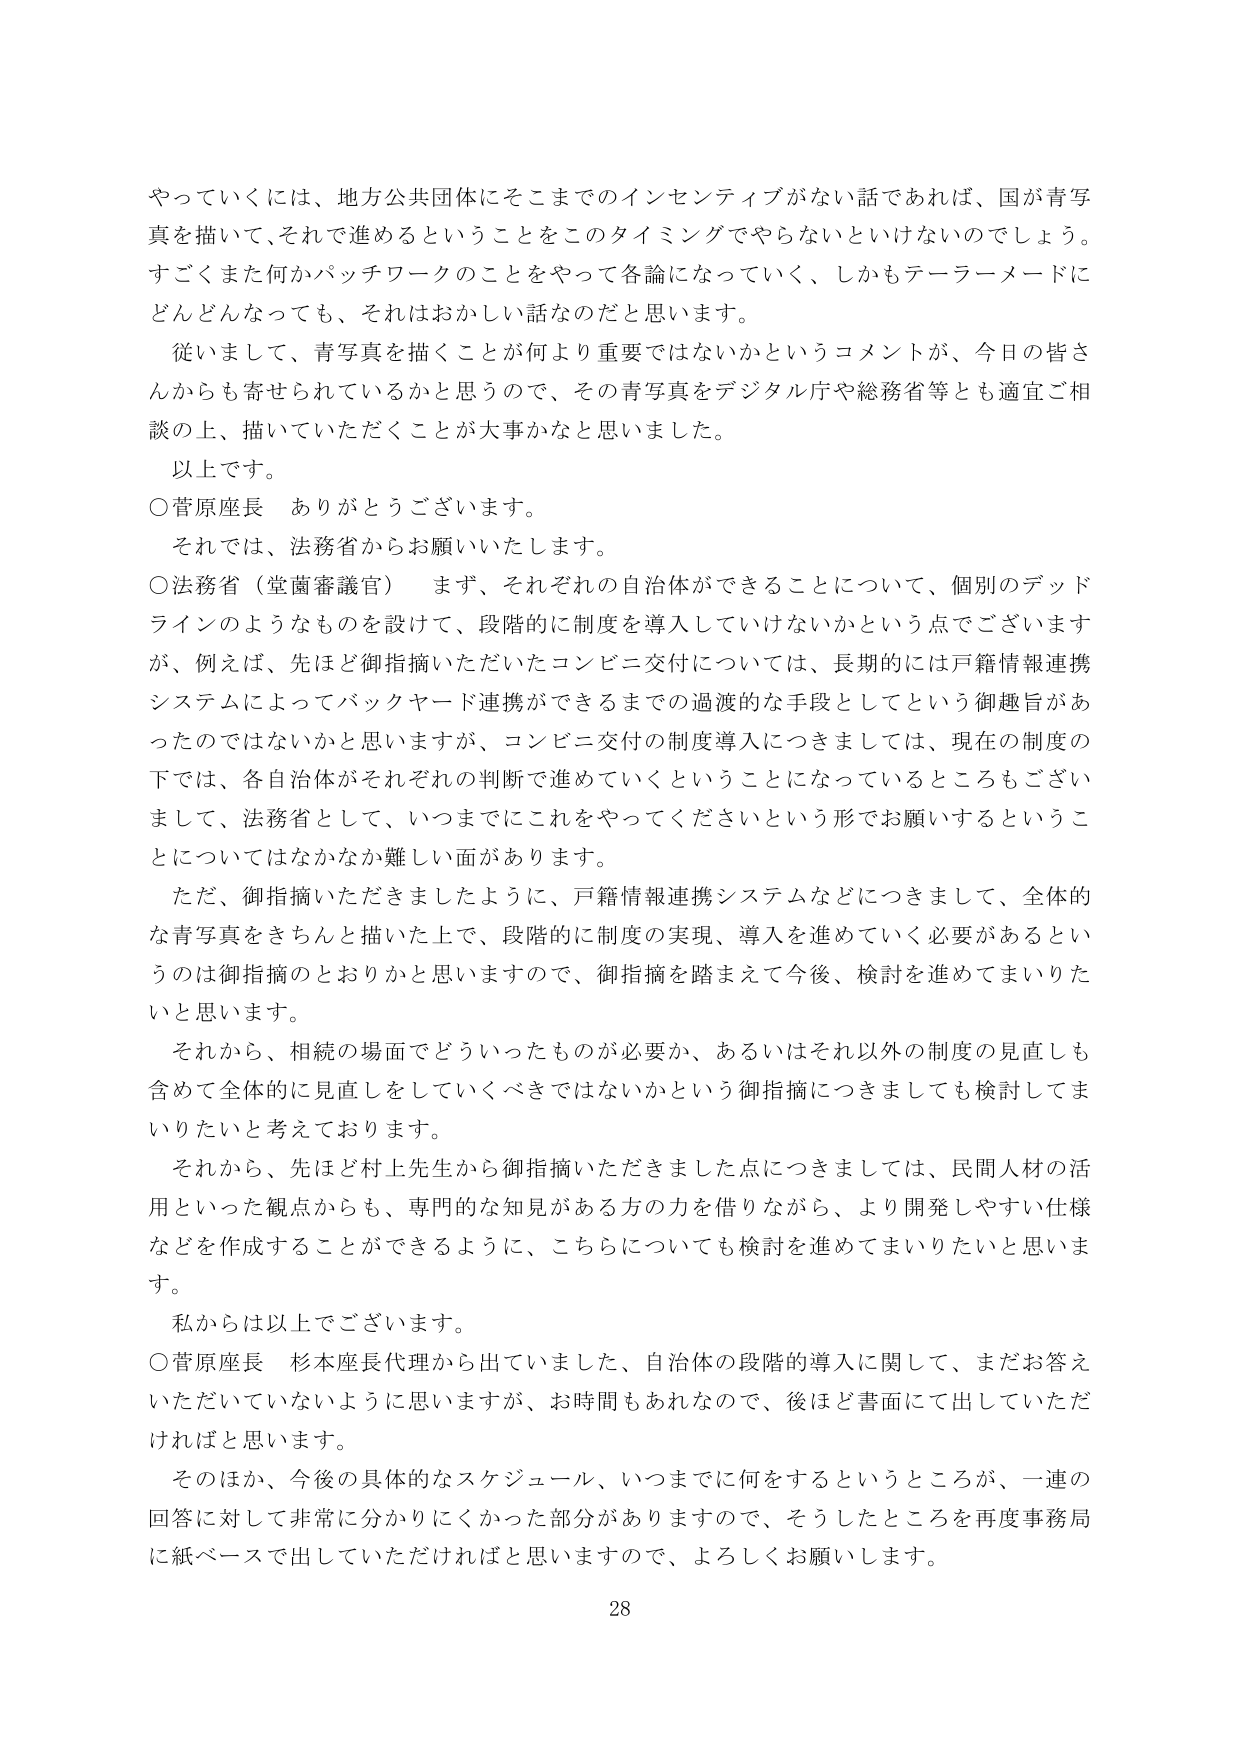
やっていくには、地方公共団体にそこまでのインセンティブがない話であれば、国が青写真を描いて、それで進めるということをこのタイミングでやらないといけないのでしょう。すごくまた何かパッチワークのことをやって各論になっていく、しかもテーラーメードにどんどんなっても、それはおかしい話なのだと思います。

従いまして、青写真を描くことが何より重要ではないかというコメントが、今日の皆さんからも寄せられているかと思うので、その青写真をデジタル庁や総務省等とも適宜ご相談の上、描いていただくことが大事かなと思いました。

以上です。

○菅原座長　ありがとうございます。

それでは、法務省からお願いいたします。

○法務省（堂薗審議官）　まず、それぞれの自治体ができることについて、個別のデッドラインのようなものを設けて、段階的に制度を導入していけないかという点でございますが、例えば、先ほど御指摘いただいたコンビニ交付については、長期的には戸籍情報連携システムによってバックヤード連携ができるまでの過渡的な手段としてという御趣旨があったのではないかと思いますが、コンビニ交付の制度導入につきましては、現在の制度の下では、各自治体がそれぞれの判断で進めていくということになっているところもございまして、法務省として、いつまでにこれをやってくださいという形でお願いするということについてはなかなか難しい面があります。

ただ、御指摘いただきましたように、戸籍情報連携システムなどにつきまして、全体的な青写真をきちんと描いた上で、段階的に制度の実現、導入を進めていく必要があるというのは御指摘のとおりかと思いますので、御指摘を踏まえて今後、検討を進めてまいりたいと思います。

それから、相続の場面でどういったものが必要か、あるいはそれ以外の制度の見直しも含めて全体的に見直しをしていくべきではないかという御指摘につきましても検討してまいりたいと考えております。

それから、先ほど村上先生から御指摘いただきました点につきましては、民間人材の活用といった観点からも、専門的な知見がある方の力を借りながら、より開発しやすい仕様などを作成することができるように、こちらについても検討を進めてまいりたいと思います。

私からは以上でございます。

○菅原座長　杉本座長代理から出ていました、自治体の段階的導入に関して、まだお答えいただいていないように思いますが、お時間もあれなので、後ほど書面にて出していただければと思います。

そのほか、今後の具体的なスケジュール、いつまでに何をするというところが、一連の回答に対して非常に分かりにくかった部分がありますので、そうしたところを再度事務局に紙ベースで出していただければと思いますので、よろしくお願いします。

28